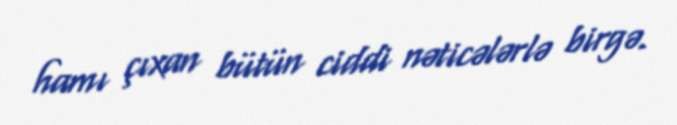
hamı çıxan bütün ciddi nəticələrlə birgə.